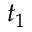
t _ { 1 }